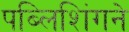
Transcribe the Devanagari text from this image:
पब्लिशिंगने